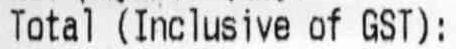
TOTAL (INCLUSIVE OF GST):